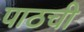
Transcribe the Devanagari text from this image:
पाठची